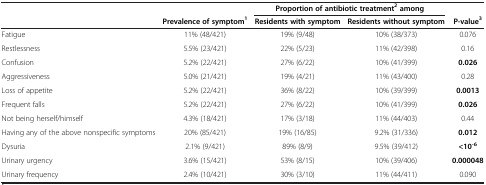
<table><thead><tr><td><b> </b></td><td><b> </b></td><td colspan="2"><b>Proportion of antibiotic treatment<sup>2</sup>among</b></td><td><b> </b></td></tr><tr><td><b> </b></td><td><b>Prevalence of symptom<sup>1</sup></b></td><td><b>Residents with symptom</b></td><td><b>Residents without symptom</b></td><td><b>P-value<sup>3</sup></b></td></tr></thead><tbody><tr><td>Fatigue</td><td>11% (48/421)</td><td>19% (9/48)</td><td>10% (38/373)</td><td>0.076</td></tr><tr><td>Restlessness</td><td>5.5% (23/421)</td><td>22% (5/23)</td><td>11% (42/398)</td><td>0.16</td></tr><tr><td>Confusion</td><td>5.2% (22/421)</td><td>27% (6/22)</td><td>10% (41/399)</td><td><b>0.026</b></td></tr><tr><td>Aggressiveness</td><td>5.0% (21/421)</td><td>19% (4/21)</td><td>11% (43/400)</td><td>0.28</td></tr><tr><td>Loss of appetite</td><td>5.2% (22/421)</td><td>36% (8/22)</td><td>10% (39/399)</td><td><b>0.0013</b></td></tr><tr><td>Frequent falls</td><td>5.2% (22/421)</td><td>27% (6/22)</td><td>10% (41/399)</td><td><b>0.026</b></td></tr><tr><td>Not being herself/himself</td><td>4.3% (18/421)</td><td>17% (3/18)</td><td>11% (44/403)</td><td>0.44</td></tr><tr><td>Having any of the above nonspecific symptoms</td><td>20% (85/421)</td><td>19% (16/85)</td><td>9.2% (31/336)</td><td><b>0.012</b></td></tr><tr><td>Dysuria</td><td>2.1% (9/421)</td><td>89% (8/9)</td><td>9.5% (39/412)</td><td><b>&lt;10</b><sup><b>-6</b></sup></td></tr><tr><td>Urinary urgency</td><td>3.6% (15/421)</td><td>53% (8/15)</td><td>10% (39/406)</td><td><b>0.000048</b></td></tr><tr><td>Urinary frequency</td><td>2.4% (10/421)</td><td>30% (3/10)</td><td>11% (44/411)</td><td>0.090</td></tr></tbody></table>